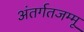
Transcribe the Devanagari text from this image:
अंतर्गतजम्मू